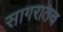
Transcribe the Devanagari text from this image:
सागरातच